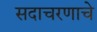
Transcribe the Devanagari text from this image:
सदाचरणाचे